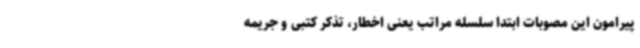
پیرامون این مصوبات ابتدا سلسله‌ مراتب یعنی اخطار، تذکر کتبی و جریمه